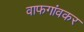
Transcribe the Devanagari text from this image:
वाफगांवकर